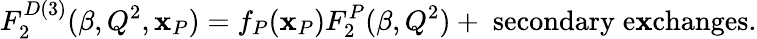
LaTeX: F_{2}^{D(3)}(\beta,Q^{2},\mathbf{x}_{P})=f_{P}(\mathbf{x}_{P})F_{2}^{P}(\beta,Q^{2})+\; \mathrm{{secondary}}\; \mathrm{{e\mathbf{x}changes}}.